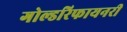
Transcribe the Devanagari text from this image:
गोल्डरिफायनरी